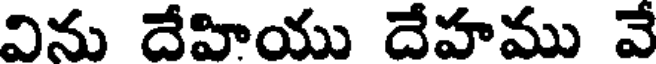
విను దేహియు దేహము వే